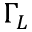
\Gamma _ { L }